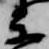
楽